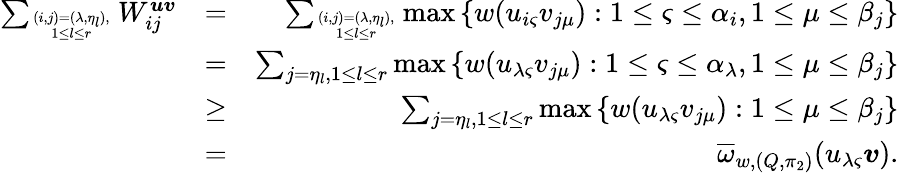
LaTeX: \begin{array}{rlr}{\sum_{(i,j)=(\lambda,\eta_{l}),\atop 1\leq l\leq r}W_{ij}^{\boldsymbol{uv}}}&{=}&{\sum_{(i,j)=(\lambda,\eta_{l}),\atop 1\leq l\leq r}\operatorname*{max}\left\{ w(u_{i\varsigma}v_{j\mu}):1\leq\varsigma\leq\alpha_{i},1\leq\mu\leq\beta_{j}\right\} }\\ &{=}&{\sum_{j=\eta_{l},1\leq l\leq r}\operatorname*{max}\left\{ w(u_{\lambda\varsigma}v_{j\mu}):1\leq\varsigma\leq\alpha_{\lambda},1\leq\mu\leq\beta_{j}\right\} }\\ &{\geq}&{\sum_{j=\eta_{l},1\leq l\leq r}\operatorname*{max}\left\{ w(u_{\lambda\varsigma}v_{j\mu}):1\leq\mu\leq\beta_{j}\right\} }\\ &{=}&{\overline{{\omega}}_{w,(Q,\pi_{2})}(u_{\lambda\varsigma}\boldsymbol{v}).}\end{array}